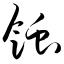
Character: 蚀